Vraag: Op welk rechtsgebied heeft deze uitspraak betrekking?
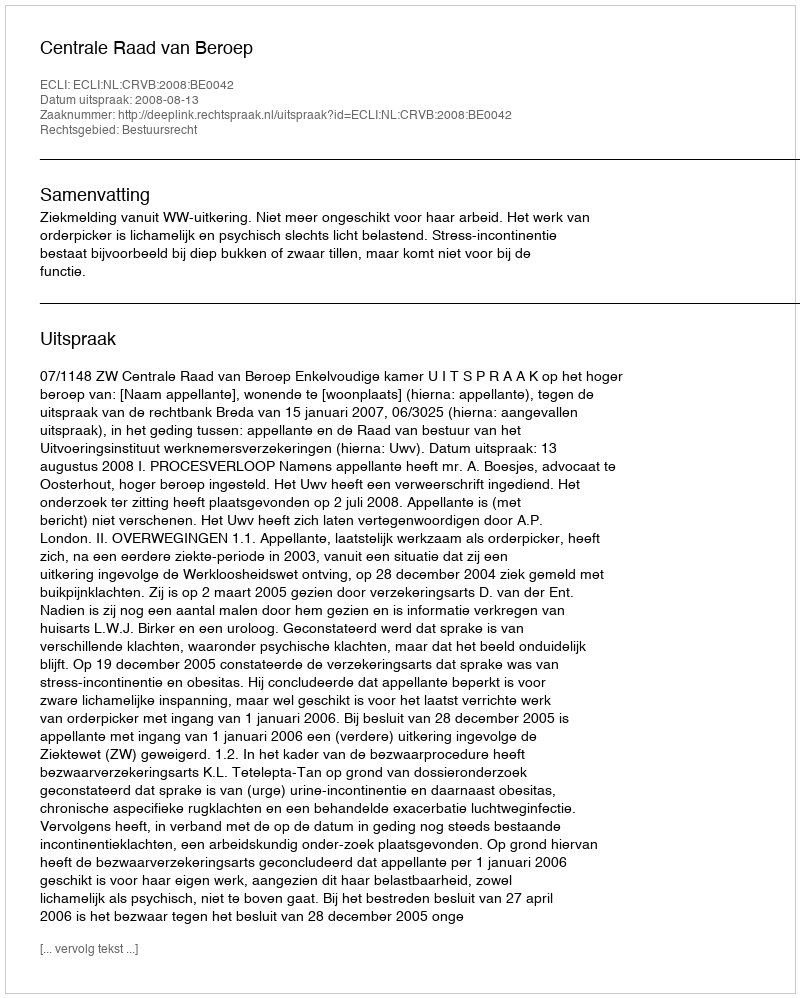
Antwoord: Bestuursrecht